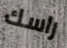
راسك